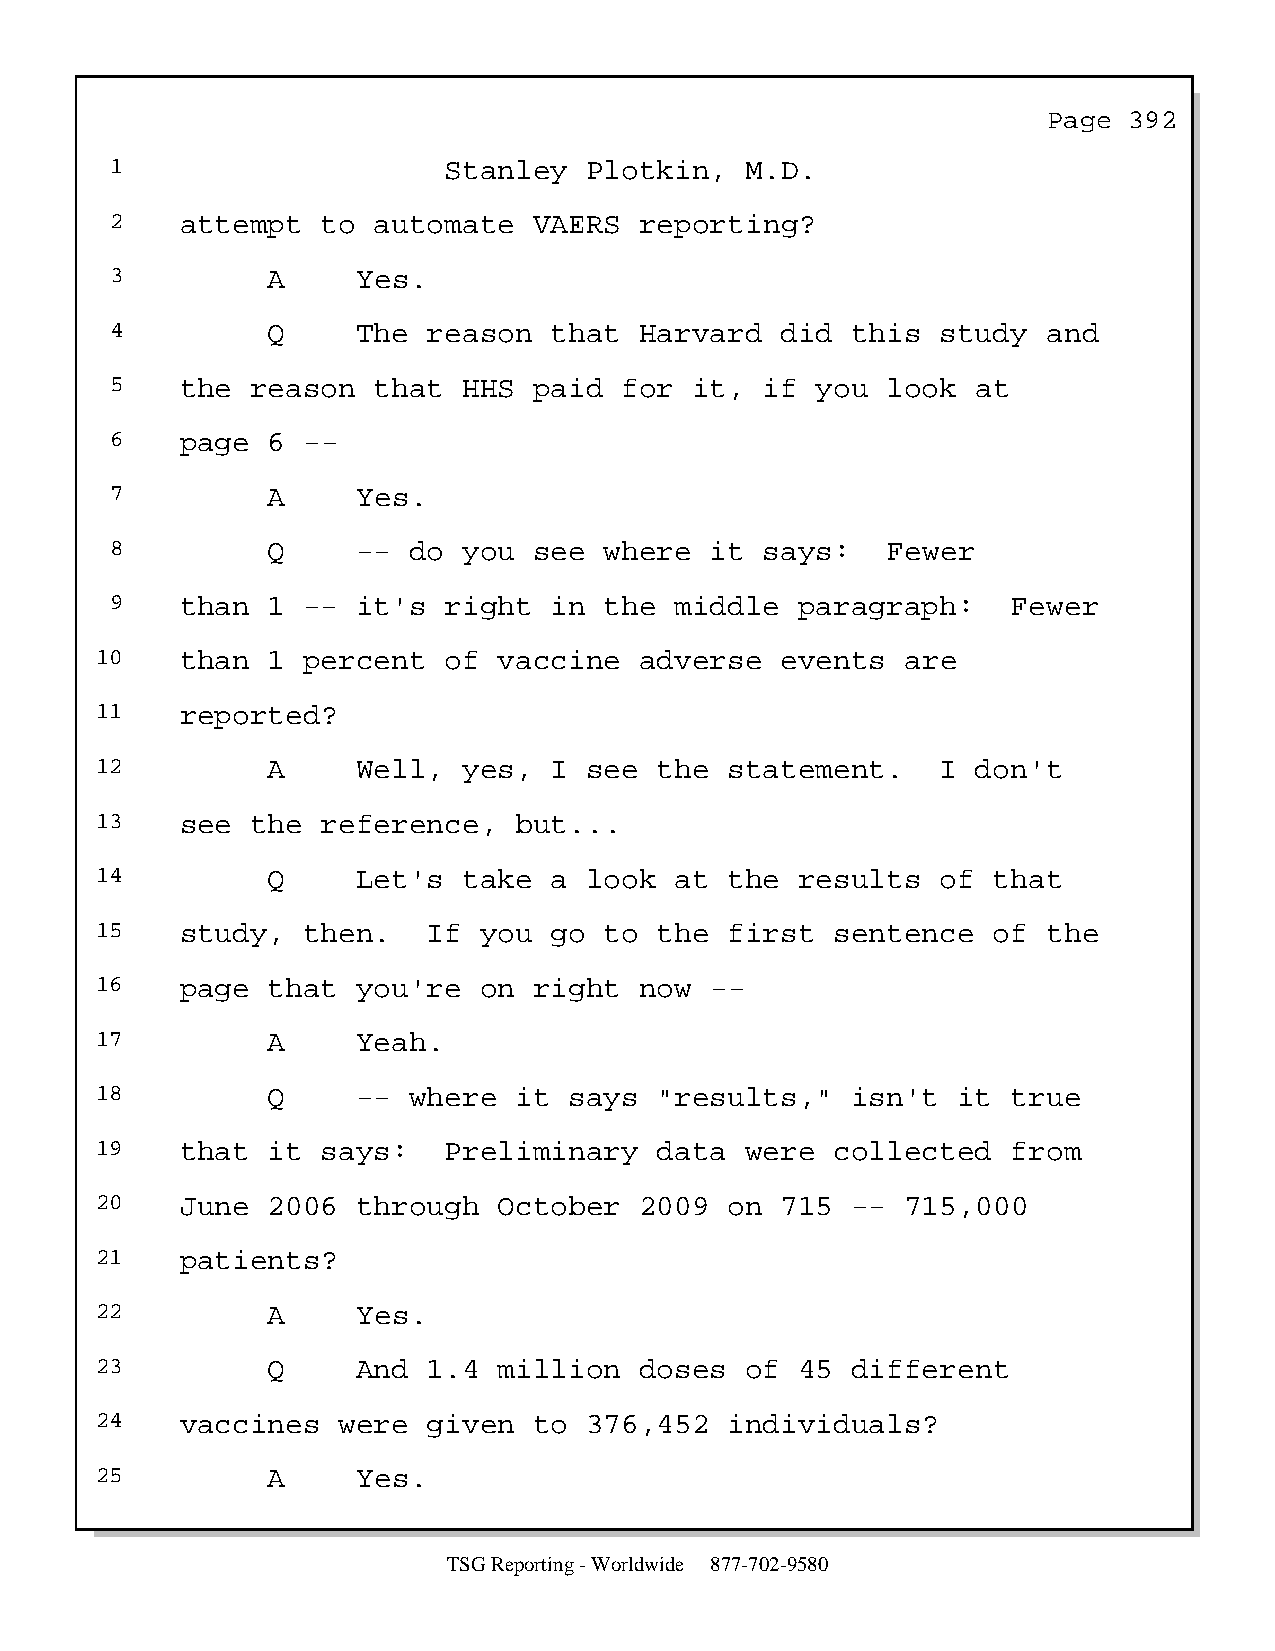
Page  392
 1                     Stanley   Plotkin,  M.D.
 2    attempt  to  automate  VAERS  reporting?
 3          A     Yes.
 4          Q     The reason  that  Harvard   did this  study  and
 5    the  reason  that  HHS paid  for  it,  if you  look  at
 6    page  6 --
 7          A     Yes.
 8          Q     -- do  you see  where  it  says:   Fewer
 9    than  1 --  it's right  in  the  middle  paragraph:    Fewer
 10    than  1 percent  of  vaccine  adverse   events  are
 11    reported?
 12          A     Well,  yes, I  see  the statement.    I  don't
 13    see  the reference,   but...
 14          Q     Let's  take a  look  at the  results  of  that
 15    study,  then.   If  you go  to  the first  sentence   of the
 16    page  that  you're  on right  now  --
 17          A     Yeah.
 18          Q     -- where  it  says  "results,"  isn't  it  true
 19    that  it says:   Preliminary    data were  collected   from
 20    June  2006  through  October  2009  on  715 --  715,000
 21    patients?
 22          A     Yes.
 23          Q     And 1.4  million  doses  of  45 different
 24    vaccines  were  given  to  376,452  individuals?
 25          A     Yes.
 TSG Reporting - Worldwide 877-702-9580